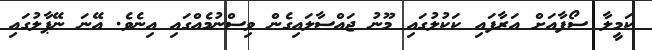
ކަމީލާ ސޯފާއަށް އަރާފައި ކަކުލުގައި މޫނު ޖައްސާލައިގެން ވިސްނުމެއްގައި އިނެވެ. އޭނަ ނޭޕާލުގައި